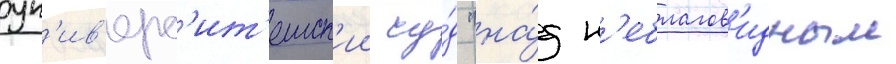
ун'ив'ерс'ит'етск'ии су́д "на́д н'еблагов'идным